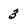
Character: 3